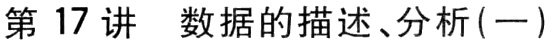
第17讲 数据的描述、分析(一)